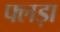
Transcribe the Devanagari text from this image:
फ्लड़ा